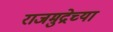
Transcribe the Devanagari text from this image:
राजमुद्रेच्या